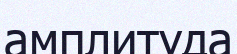
амплитуда